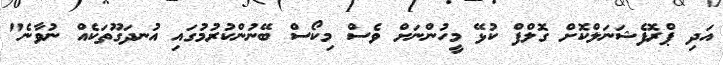
އަދި ޕްރޮފެޝަނަލްކޮށް ގޮލްފް ކުޅޭ މީހުންނަށް ވެސް މިކޯސް ބޭނުންކުރުމުގައި އުނދަގޫތަކެއް ނުވާނެ"